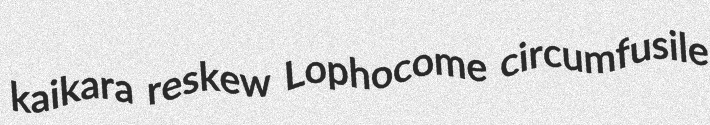
kaikara reskew Lophocome circumfusile